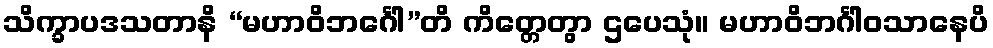
သိက္ခာပဒသတာနိ “မဟာဝိဘင်္ဂေါ”တိ ကိတ္တေတွာ ဌပေသုံ။ မဟာဝိဘင်္ဂါဝသာနေပိ